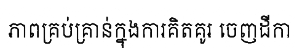
ភាពគ្រប់គ្រាន់ក្នុងការគិតគូរ ចេញដីកា